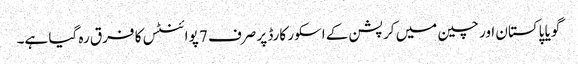
گویا پاکستان اور چین میں کرپشن کے اسکور کارڈ پر صرف 7 پوائنٹس کا فرق رہ گیا ہے۔